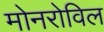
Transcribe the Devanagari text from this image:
मोनरोविल